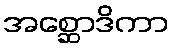
အစ္ဆောဒိကာ